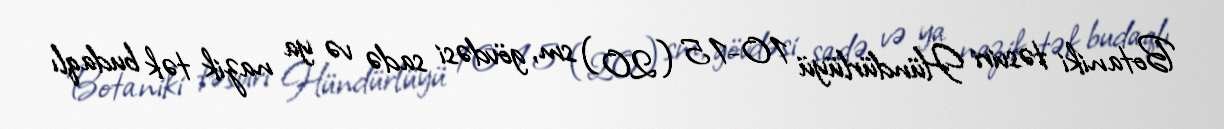
Botaniki təsviri Hündürlüyü 10-15 (20) sm, gövdəsi sadə və ya nazik tək budaqlı